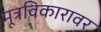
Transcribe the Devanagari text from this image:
मूत्रविकारावर